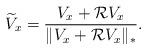
LaTeX: \begin{align*}\widetilde V_x=\frac{V_x+\mathcal R V_x }{\Vert V_x+\mathcal R V_x \Vert_*}.\end{align*}